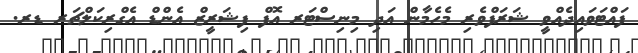
ފައްޓަވައިދެއްވީ ޝަރަފްވެރި މެހެމާން އަދި މިނިސްޓަރ އޮފް ފިޝަރީޒް އެންޑް އެގްރިކަލްޗަރ ޑރ.